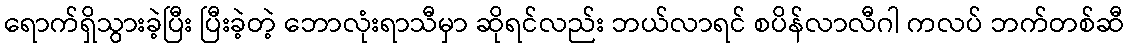
ရောက်ရှိသွားခဲ့ပြီး ပြီးခဲ့တဲ့ ဘောလုံးရာသီမှာ ဆိုရင်လည်း ဘယ်လာရင် စပိန်လာလီဂါ ကလပ် ဘက်တစ်ဆီ